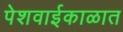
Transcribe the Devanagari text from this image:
पेशवाईकाळात